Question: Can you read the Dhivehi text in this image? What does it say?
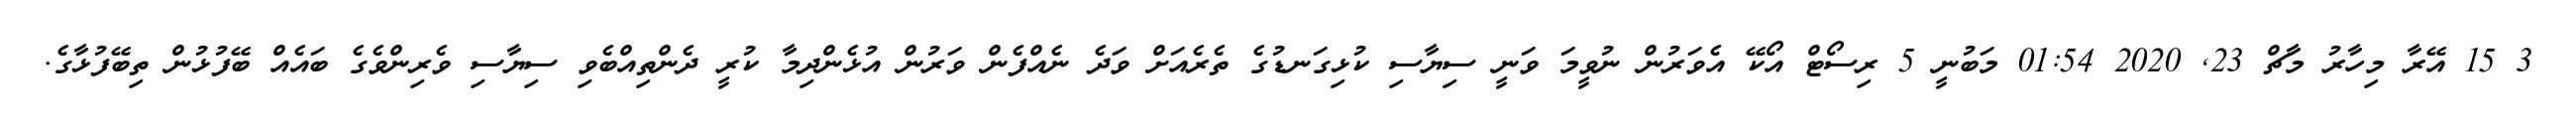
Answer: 3 15 އޭރާ މިހާރު މާޗް 23, 2020 01:54 މަބުނީ 5 ރިސޯޓް އޯކޭ އެވަރުން ނުވީމަ ވަނީ ސިޔާސި ކުޅިގަނޑުގެ ތެރެއަށް ވަދެ ނެއްފެން ވަރުން އުޅެންދިމާ ކުރީ ދެންތިއްބެވި ސިޔާސި ވެރިންވެގެ ބައެއް ބޭފުޅުން ތިބޭފުޅާގެ.